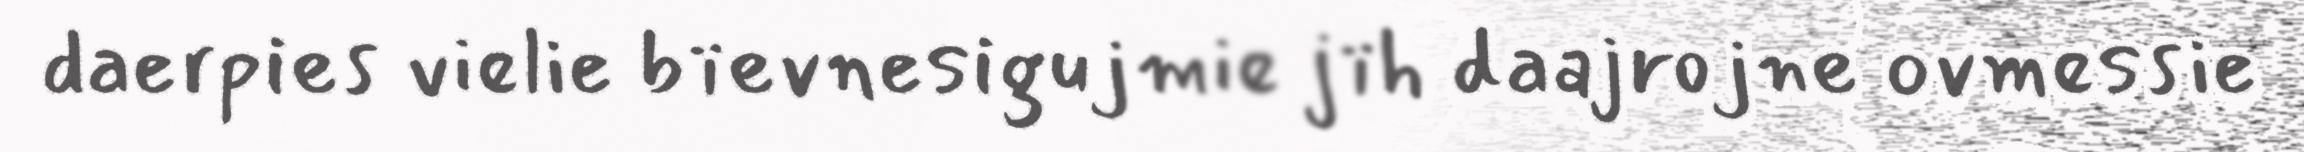
daerpies vielie bïevnesigujmie jïh daajrojne ovmessie